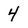
Character: 4